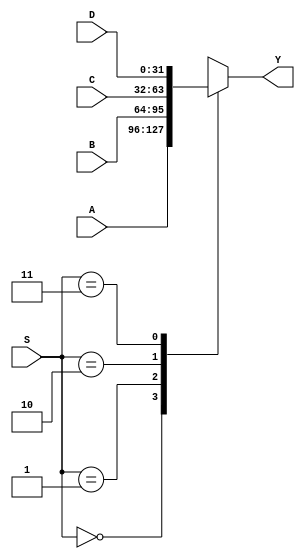
`timescale 1ns / 1ps
//////////////////////////////////////////////////////////////////////////////////
// Company: 
// Engineer: 
// 
// Design Name: 
// Module Name: MUX4X32
// Project Name: 
// Target Devices: 
// Tool Versions: 
// Description: 
// 
// Dependencies: 
// 
// Revision:
// Revision 0.01 - File Created
// Additional Comments:
// 
//////////////////////////////////////////////////////////////////////////////////


module MUX4X32(A,B,C,D,S,Y);
input [31:0]A,B,C,D;
input [1:0]S;
output [31:0]Y;
function [31:0]select;
input [31:0]A,B,C,D;
input [1:0]S;
case(S)
2'b00:select=A;
2'b01:select=B;
2'b10:select=C;
2'b11:select=D;
endcase
endfunction
assign Y=select(A,B,C,D,S);
endmodule